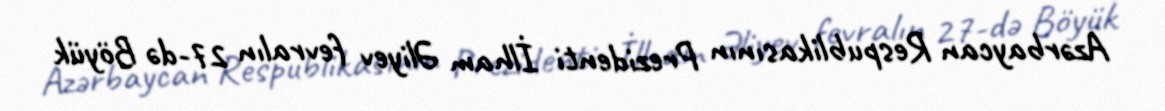
Azərbaycan Respublikasının Prezidenti İlham Əliyev fevralın 27-də Böyük